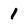
Character: 1